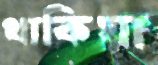
থাকিয়া